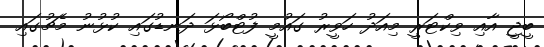
ބީޖީ އާއި ވިކްޓަރީ މިއަދު ހަވީރު ގައުމީ ފުޓްބޯޅަ ދަނޑުގައި ކުޅުނު މެޗުގައި